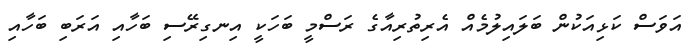
އަވަސް ކަޅިއަކުން ބަލައިލުމެއް އެރިތުރިއާގެ ރަސްމީ ބަހަކީ އިނގިރޭސި ބަހާއި އަރަބި ބަހާއި